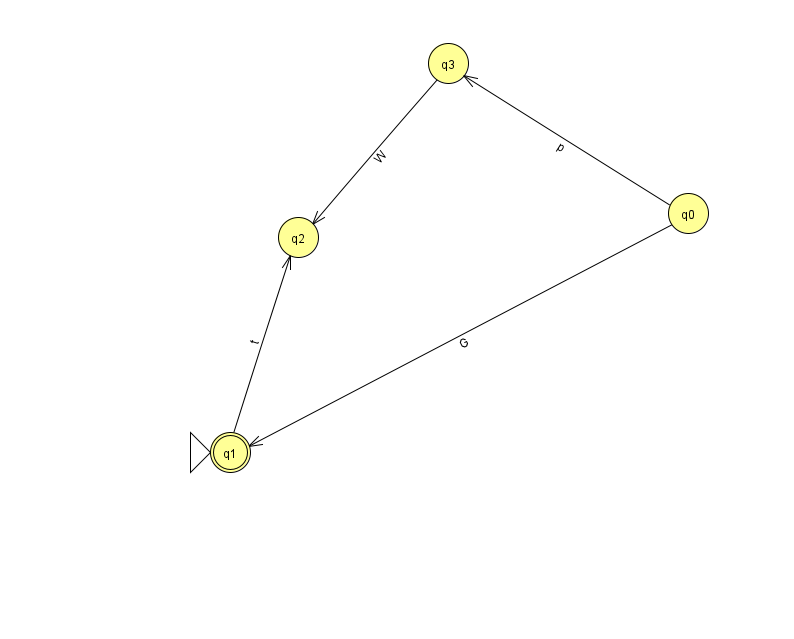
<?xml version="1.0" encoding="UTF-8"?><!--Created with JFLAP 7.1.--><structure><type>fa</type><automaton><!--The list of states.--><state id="0" name="q0"><x>688.0</x><y>200.0</y></state><state id="1" name="q1"><x>230.0</x><y>439.0</y><initial/><final/></state><state id="2" name="q2"><x>298.0</x><y>224.0</y></state><state id="3" name="q3"><x>448.0</x><y>50.0</y></state><!--The list of transitions.--><transition><from>3</from><to>2</to><read>W</read></transition><transition><from>1</from><to>2</to><read>t</read></transition><transition><from>0</from><to>3</to><read>p</read></transition><transition><from>0</from><to>1</to><read>G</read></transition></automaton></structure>